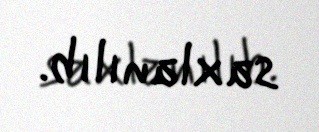
saxlanılıb.